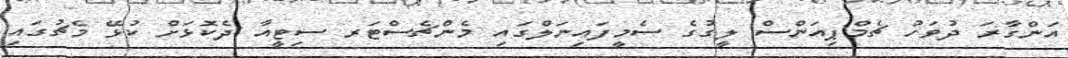
އަންގާރަ ދުވަހު ޗެމްޕިއަންސް ލީގުގެ ސެމީފައިނަލްގައި މެންޗެސްޓަރ ސިޓީއާ ދެކޮޅަށް ކުޅޭ މެޗުގައި